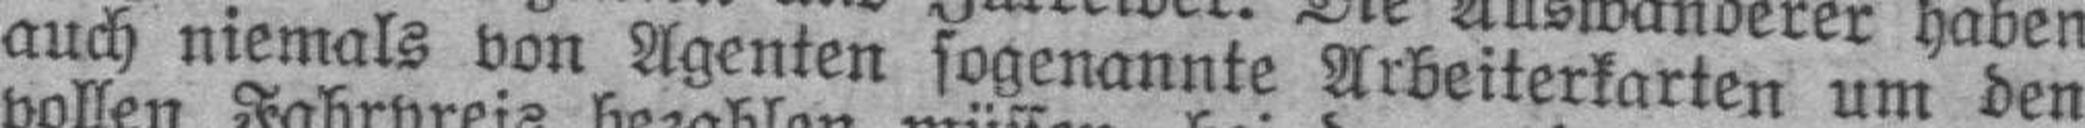
auch niemals von Agenten sogenannte Arbeiterkarten um den